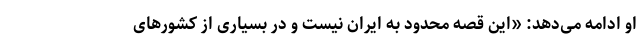
او ادامه می‌دهد: «این قصه محدود به ایران نیست و در بسیاری از کشورهای